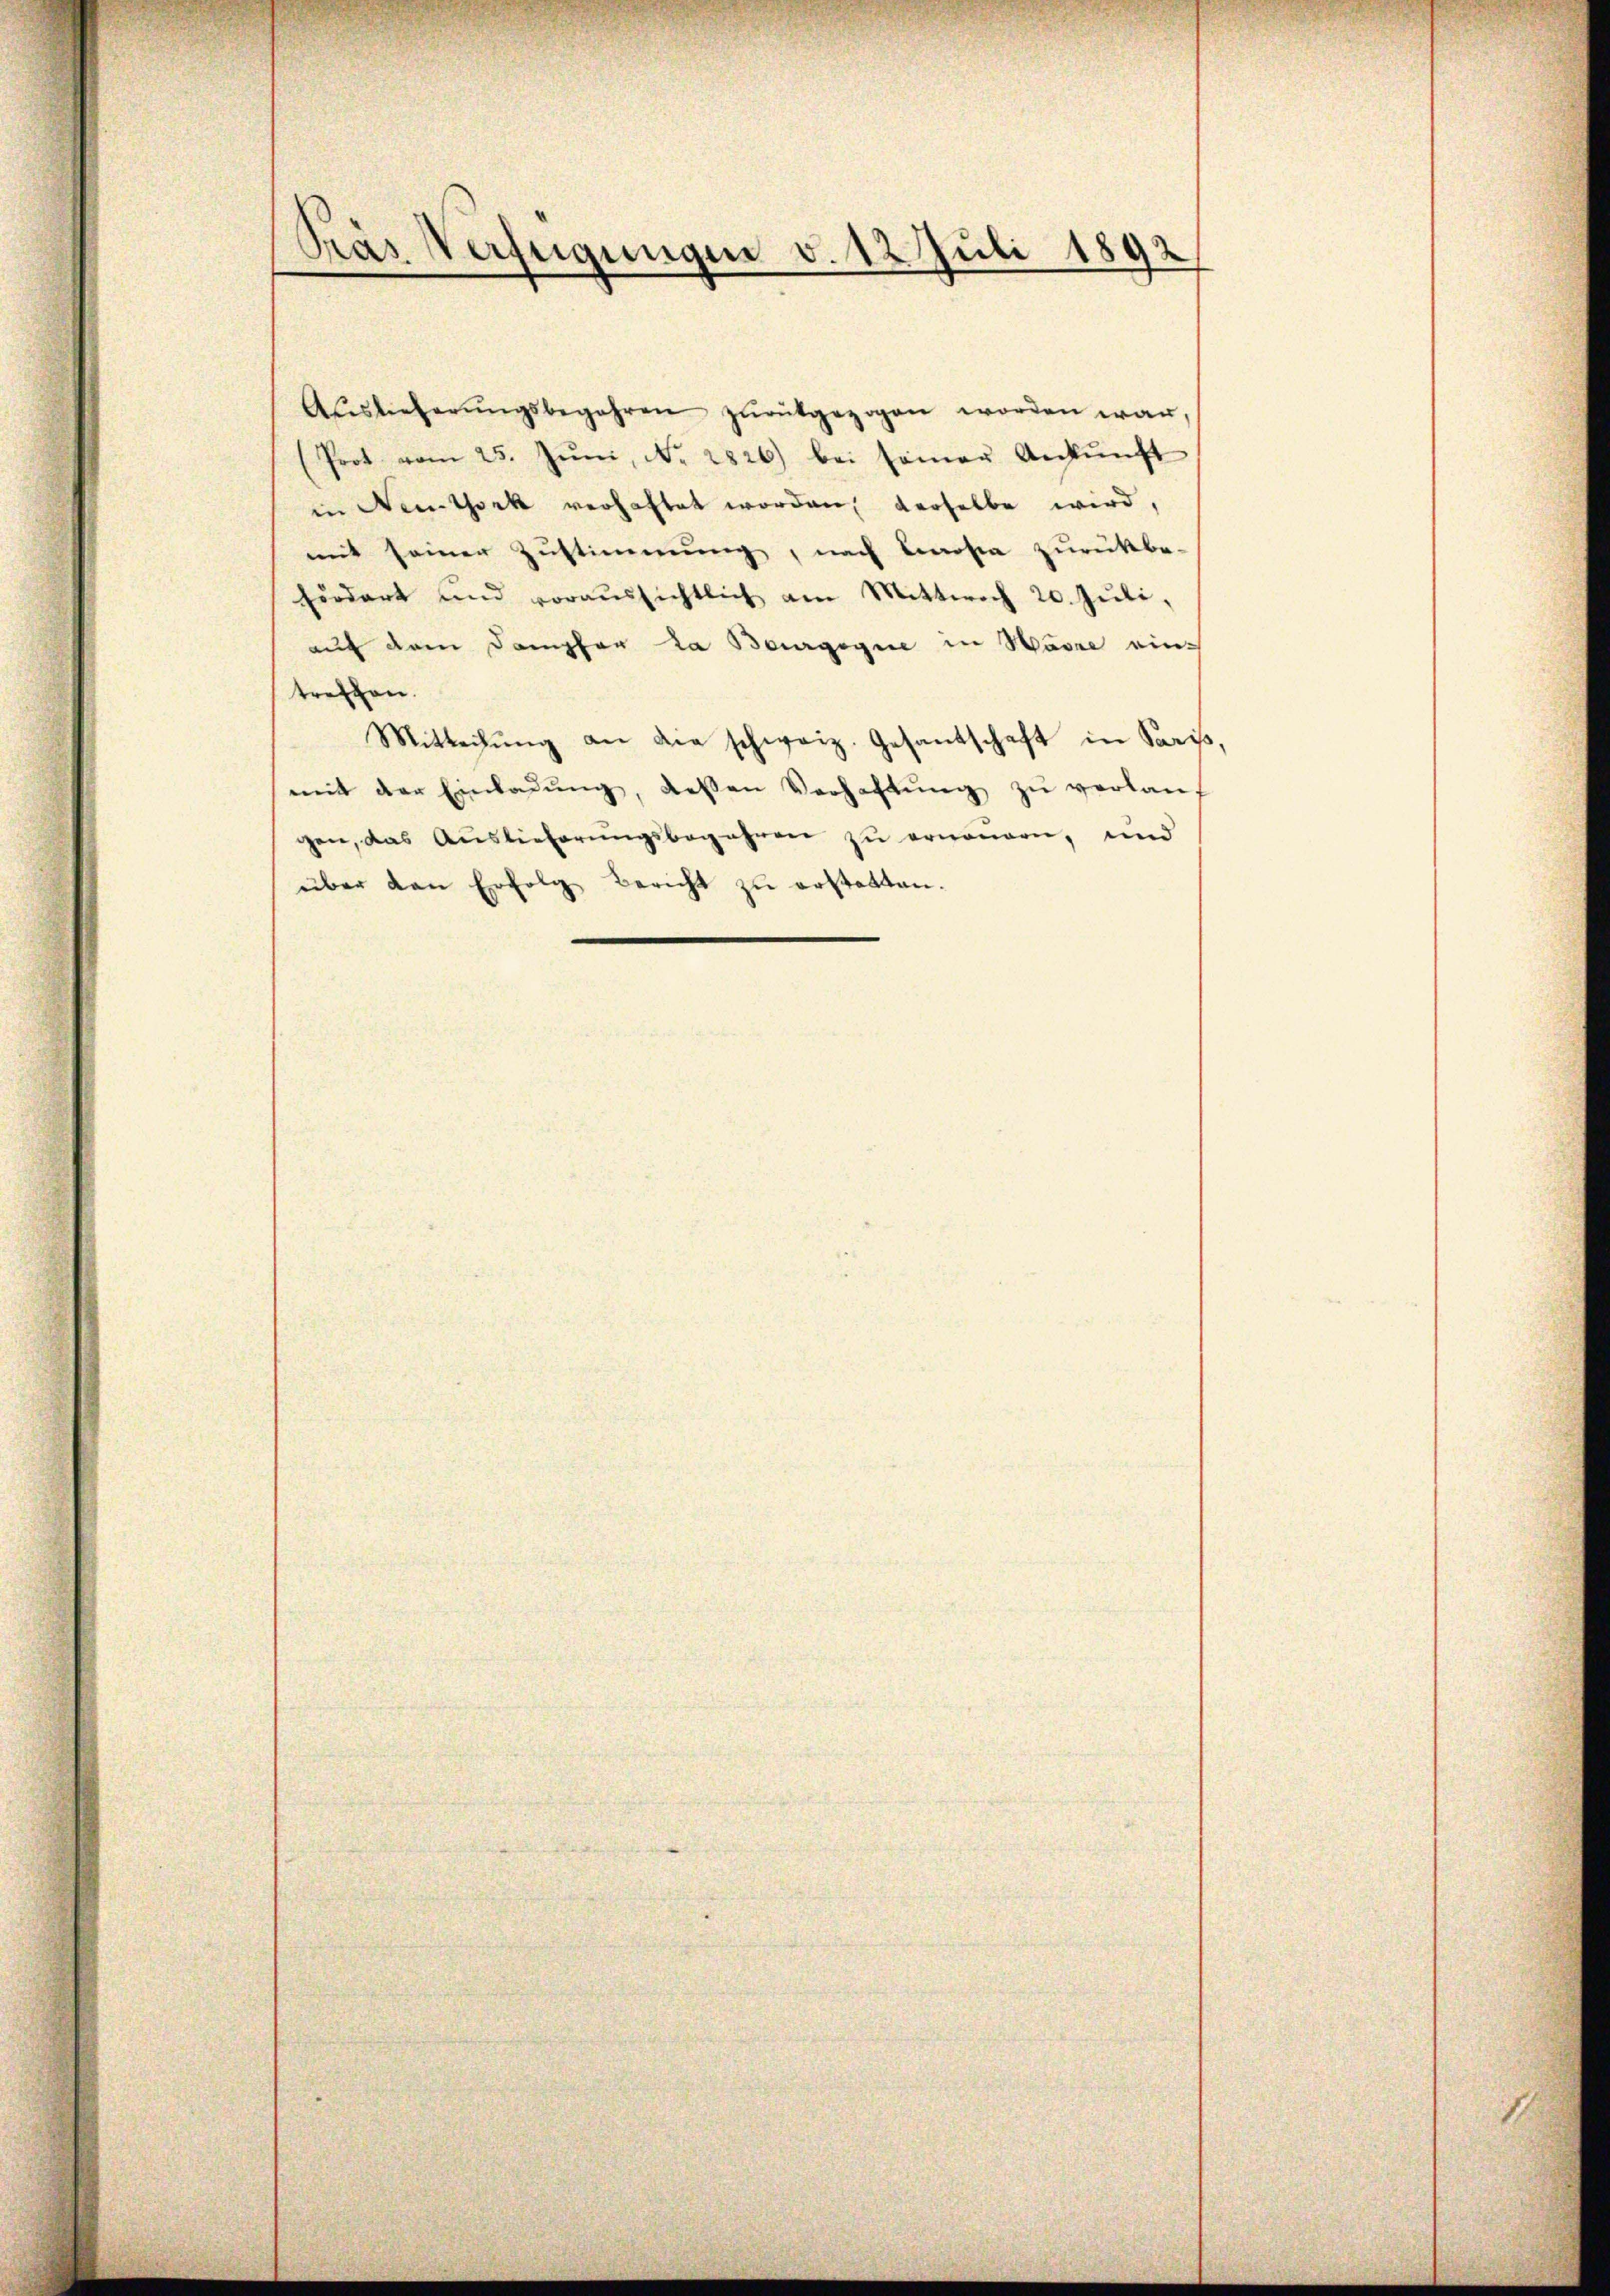
Pas Verfügungen v. 12. Juli 1892

Auslieferŭngsbegehren zŭrükgezogen worden war,
(Prot vom 25. Jŭni, No. 2826) bei seiner Ankŭnft
in Neuthork verhaftet worden, derselbe wird,
mit seiner Zustimmung, nach Costa zurückbe-
fördert und voraŭssichtlich am Mittwoch 20. Jŭli
auf dem Dampfer la Bourgogne in Wäre einz
treffen.
Mitteilŭng an die schweiz. Gesandschaft in Paris,
mit der Einladŭng, dessen Verhaftŭng zŭ verlaŭf
gen, das Auslieferŭngsbegehren zu erneuern, und
über den Erfolg bericht zŭ erstatten.